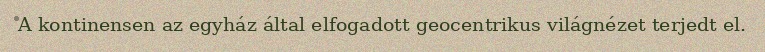
A kontinensen az egyház által elfogadott geocentrikus világnézet terjedt el.